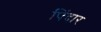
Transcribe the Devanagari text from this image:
पिंदार